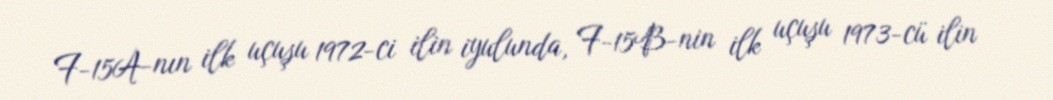
F-15A-nın ilk uçuşu 1972-ci ilin iyulunda, F-15B-nin ilk uçuşu 1973-cü ilin